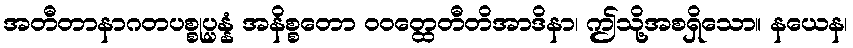
အတီတာနာဂတပစ္စုပ္ပန္နံ အနိစ္စတော ဝဝတ္ထေတီတိအာဒိနာ၊ ဤသို့အစရှိသော။ နယေန၊